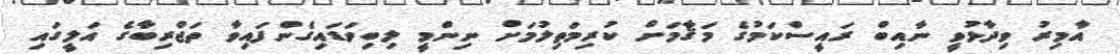
އާމިރު ވިދާޅުވީ ނާއިބް ރައީސްކަމުގެ މަޤާމަށް ކުރިމަތިލުމަށް ނިންމީ ލިބިވަޑައިގެންފައިވާ ތަޖްރިބާގެ އަލީގައި